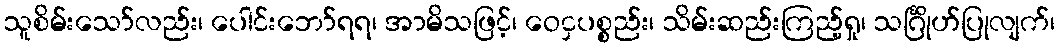
သူစိမ်းသော်လည်း၊ ပေါင်းဘော်ရရ၊ အာမိသဖြင့်၊ ဝေငှပစ္စည်း၊ သိမ်းဆည်းကြည့်ရှု၊ သင်္ဂြိုဟ်ပြုလျက်၊